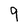
Character: 9